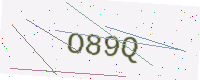
Text: O89Q